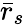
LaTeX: {\bar{r}}_{s}